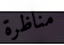
مناظرة